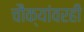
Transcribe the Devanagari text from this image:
चौक्यांवरही